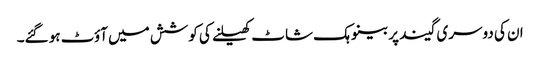
ان کی دوسری گیند پر بینو ہک شاٹ کھیلنے کی کوشش میں آؤٹ ہو گئے۔